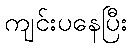
ကျင်းပနေပြီး